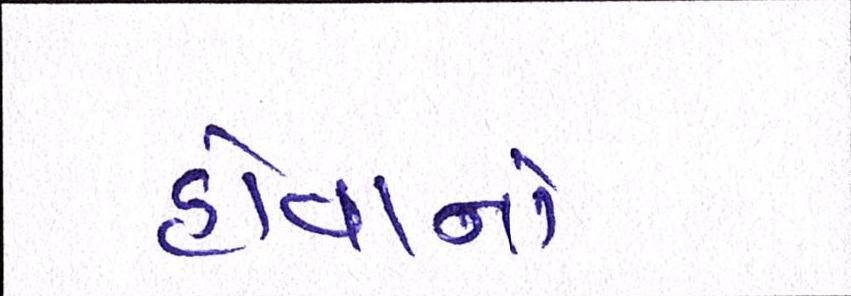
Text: હોવાનો